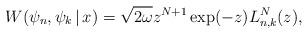
LaTeX: \begin{gather*} W( \psi _{n},\psi _{k}\,|\, x) =\sqrt{2\omega }z^{N+1}\exp ( -z) L_{n,k}^{N}(z) ,\end{gather*}